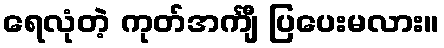
ရေလုံတဲ့ ကုတ်အင်္ကျီ ပြပေးမလား။